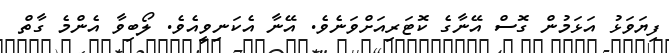
ފިޔަވަޅު އަޅަމުން ގޮސް އޭނާގެ ކޮޓަރިއަށްވަނެވެ. އޭނާ އެކަނިވީއެވެ. ލޯބިވާ އެންމެ ގާތް